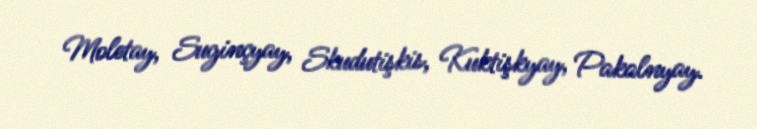
Moletay, Suginçyay, Skudutişkis, Kuktişkyay, Pakalnyay.